Indian journal of veterinary science and animal husbandry - Volumes 15-17, 1948-1951
Year: 1948
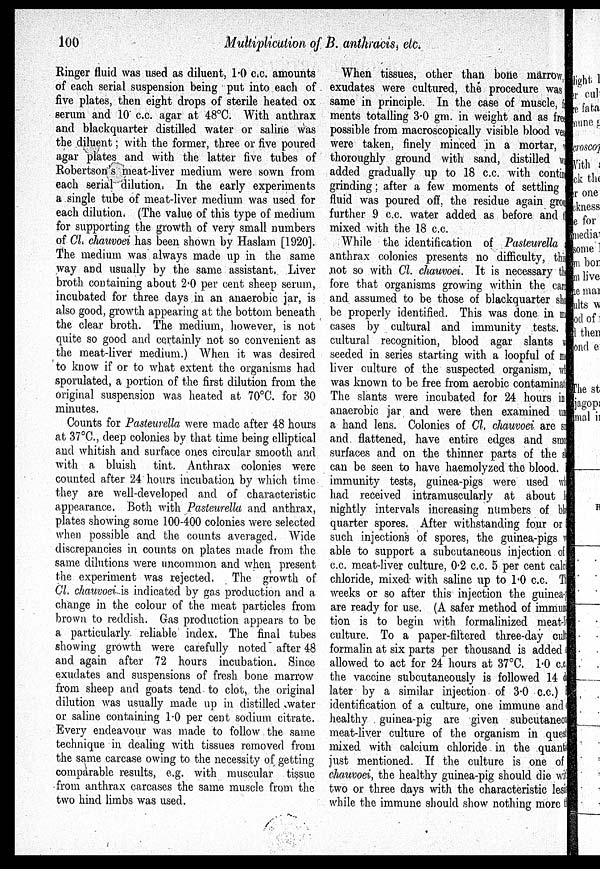
100
Multiplication of B. anthracis, etc.
Ringer fluid was used as diluent, 1.0 c.c. amounts
of each serial suspension being put into each of
five plates, then eight drops of sterile heated ox
serum and 10 c.c. agar at 48ºC. With anthrax
and blackquarter distilled water or saline was
the diluent; with the former, three or five poured
agar plates and with the latter five tubes of
Robertson's meat-liver medium were sown from
each serial dilution. In the early experiments
a single tube of meat-liver medium was used for
each dilution. (The value of this type of medium
for supporting the growth of very small numbers
of Cl. chauvoei has been shown by Haslam [1920].
The medium was always made up in the same
way and usually by the same assistant, Liver
broth containing about 2.0 per cent sheep serum,
incubated for three days in an anaerobic jar, is
also good, growth appearing at the bottom beneath
the clear broth. The medium, however, is not
quite so good and certainly not so convenient as
the meat-liver medium.) When it was desired
to know if or to what extent the organisms had
sporulated, a portion of the first dilution from the
original suspension was heated at 70ºC. for 30
minutes.
Counts for Pasteurella were made after 48 hours
at 37ºC, deep colonies by that time being elliptical
and whitish and surface ones circular smooth and
with a bluish tint. Anthrax colonies were
counted after 24 hours incubation by which time
they are well-developed and of characteristic
appearance. Both with Pasteurella and anthrax,
plates showing some 100-400 colonies were selected
when possible and the counts averaged. Wide
discrepancies in counts on plates made from the
same dilutions were uncommon and when present
the experiment was rejected.
The growth of
Cl. chauvoei is indicated by gas production and a
change in the colour of the meat particles from
brown to reddish. Gas production appears to be
a particularly reliable index. The final tubes
showing growth were carefully noted after 48
and again after 72 hours incubation, Since
exudates and suspensions of fresh bone marrow
from sheep and goats tend to clot, the original
dilution was usually made up in distilled water
or saline containing 1.0 per cent sodium citrate.
Every endeavour was made to follow the same
technique in dealing with tissues removed from
the same carcase owing to the necessity of getting
comparable results, e.g. with muscular tissue
from anthrax carcases the same muscle from the
two hind limbs was used.
When tissues, other than bone marrow
exudates were cultured, the procedure was
same in principle. In the case of muscle, i
ments totalling 3.0 gm. in weight and as free
possible from macroscopically visible blood ves
were taken, finely minced in a mortar,
thoroughly ground with sand, distilled was
added gradually up to 18 c.c. with contin
grinding; after a few moments of settling
fluid was poured off, the residue again gron
further 9 c.c. water added as before and
mixed with the 18 c.c.
While the identification of Pasteurella
anthrax colonies presents no difficulty, this
not so with Cl. chauvoei. It is necessary th
fore that organisms growing within the can
and assumed to be those of blackquarter sh
be properly identified. This was done in m
cases by cultural and immunity tests.
cultural recognition, blood agar slants
seeded in series starting with a loopful of m
liver culture of the suspected organism, w
was known to be free from aerobic contaminat
The slants were incubated for 24 hours in
anaerobic jar and were then examined in
a hand lens. Colonies of Cl. chauvoei are su
and. flattened, have entire edges and smo
surfaces and on the thinner parts of the st
can be seen to have haemolyzed the blood. 1
immunity tests, guinea-pigs were used w
had received intramuscularly at about
nightly intervals increasing numbers of bla
quarter spores. After withstanding four or
such injections of spores, the guinea-pigs wa
able to support a subcutaneous injection of
c.c. meat-liver culture, 0.2 c.c. 5 per cent cala
chloride, mixed with saline up to 1.0 c.c. T
weeks or so after this injection the guinea-
are ready for use. (A safer method of immum
tion is to begin with formalinized meat-li
culture. To a paper-filtered three-day cult
formalin at six parts per thousand is added
allowed to act for 24 hours at 37ºC. 1º0 c.c.
the vaccine subcutaneously is followed 14
later by a similar injection of 3.0 c.c.)
identification of a culture, one immune and
healthy guinea-pig are given subcutaneo
meat-liver culture of the organism in quesl
mixed with calcium chloride in the quant
just mentioned. If the culture is one of
chauvoei, the healthy guinea-pig should die wit
two or three days with the characteristic les
while the immune should show nothing more t